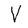
Character: V